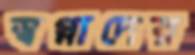
স্বপ্নাদের